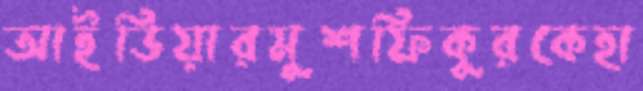
আইডিয়ারমুশফিকুরকেহা